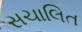
સચાલિત